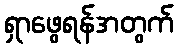
ရှာဖွေရန်အတွက်